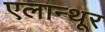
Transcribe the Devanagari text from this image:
एलान्थूर